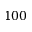
1 0 0